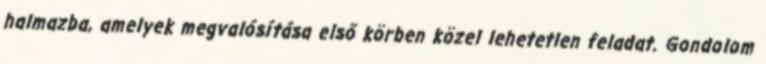
halmazba, amelyek megvalósítása első körben közel lehetetlen feladat. Gondolom